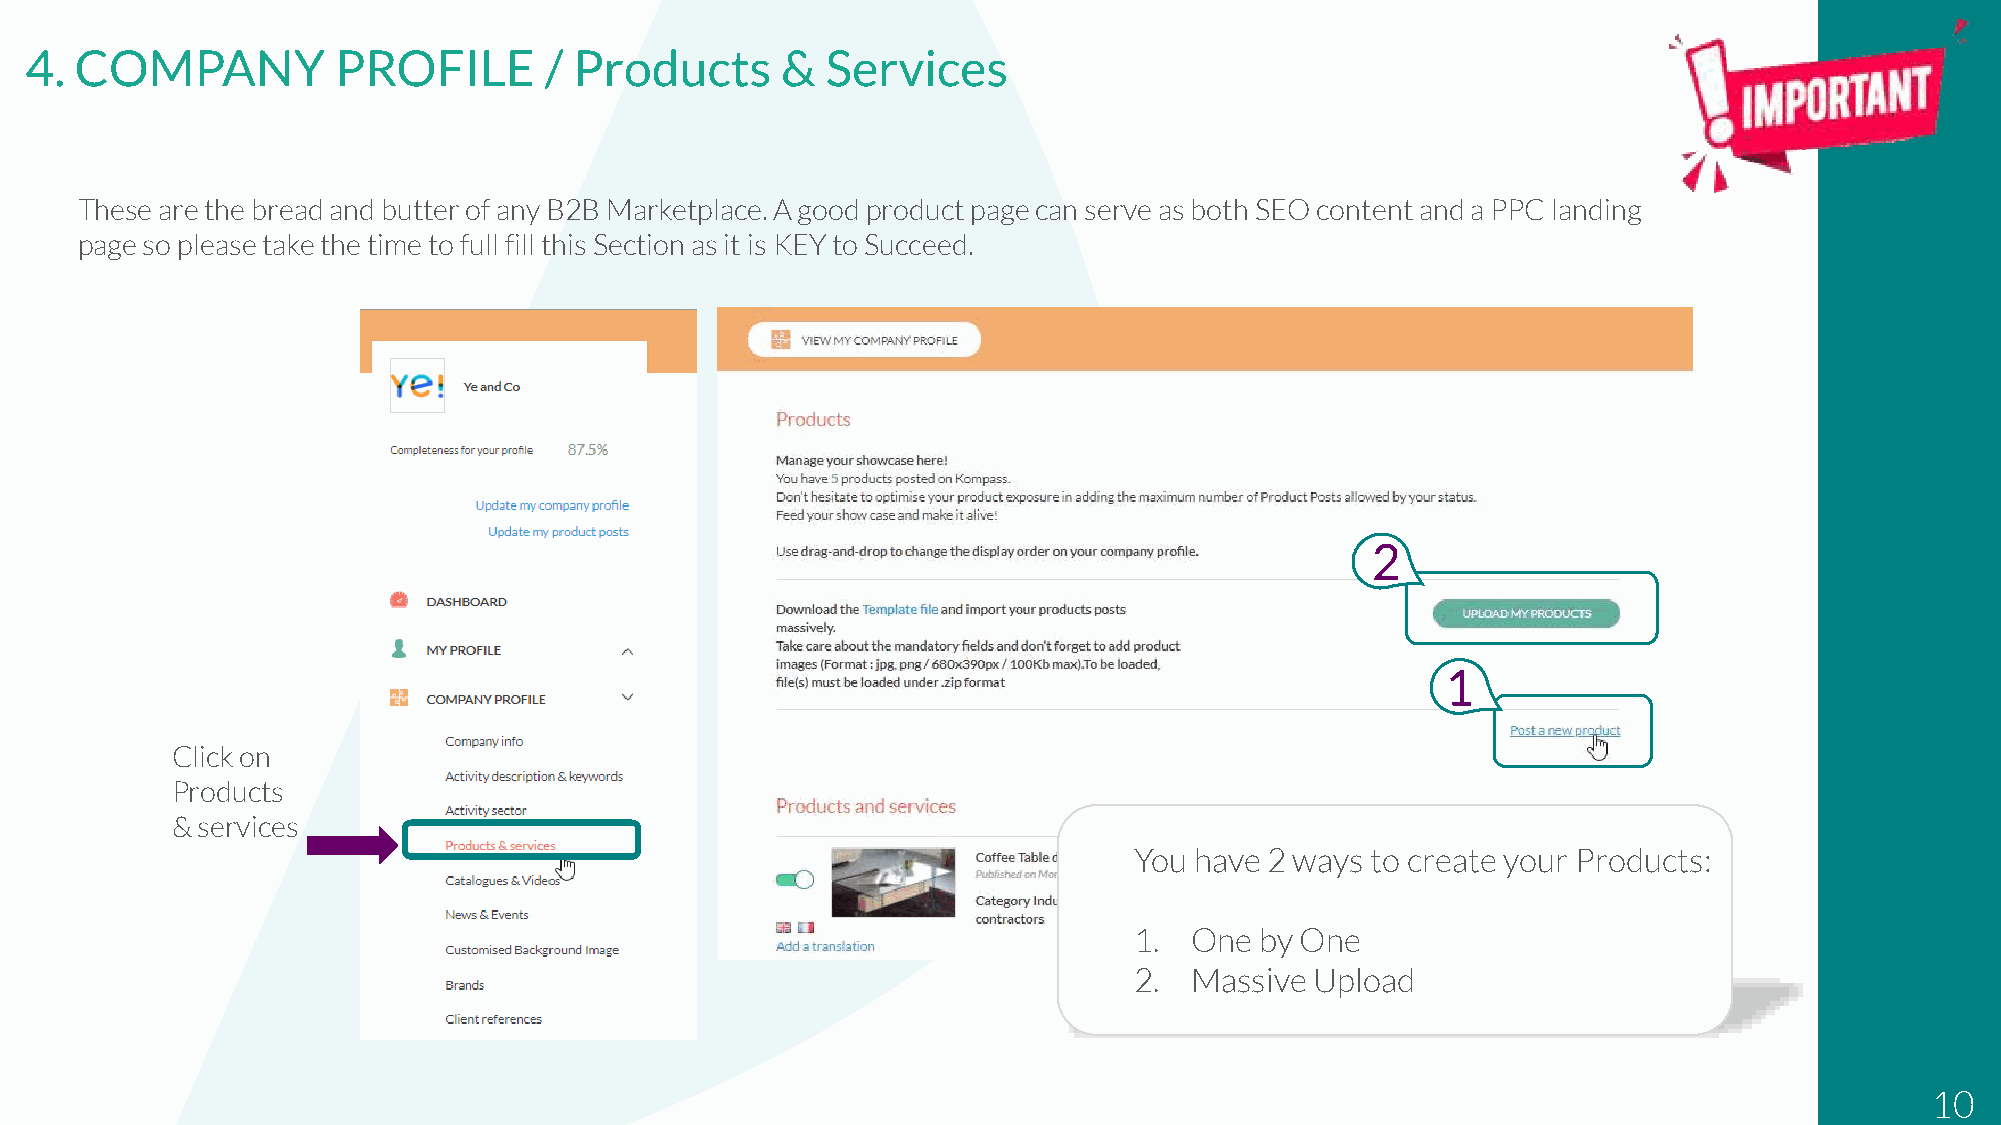
4. COMPANY          PROFILE       / Products      &  Services
 These are the bread and butter of any B2B Marketplace. A good product page can serve as bothSEOcontent and a PPC landing
 page so please take the time to full fill this Section as it is KEY to Succeed.
 2
 1
 Click on
 Products
 & services
 You have 2 ways to create your Products:
 1.  One by One
 2.  Massive Upload
 10